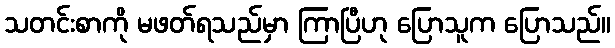
သတင်းစာကို မဖတ်ရသည်မှာ ကြာပြီဟု ပြောသူက ပြောသည်။